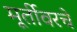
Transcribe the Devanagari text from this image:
मूर्तीवरचे